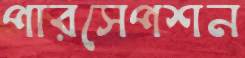
পারসেপশন